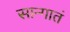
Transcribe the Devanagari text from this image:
सान्गातं